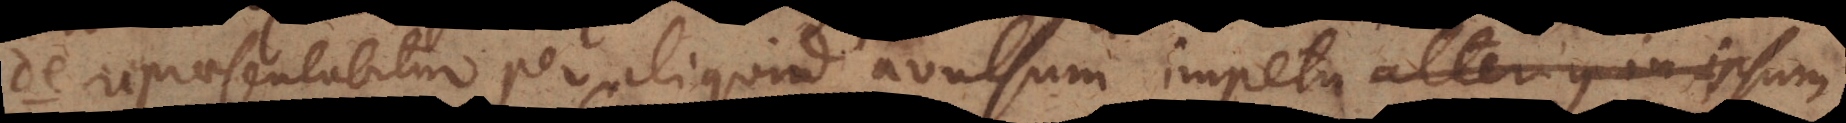
de repraesentabitur per aliquid avulsum impetu alterius in ipsum